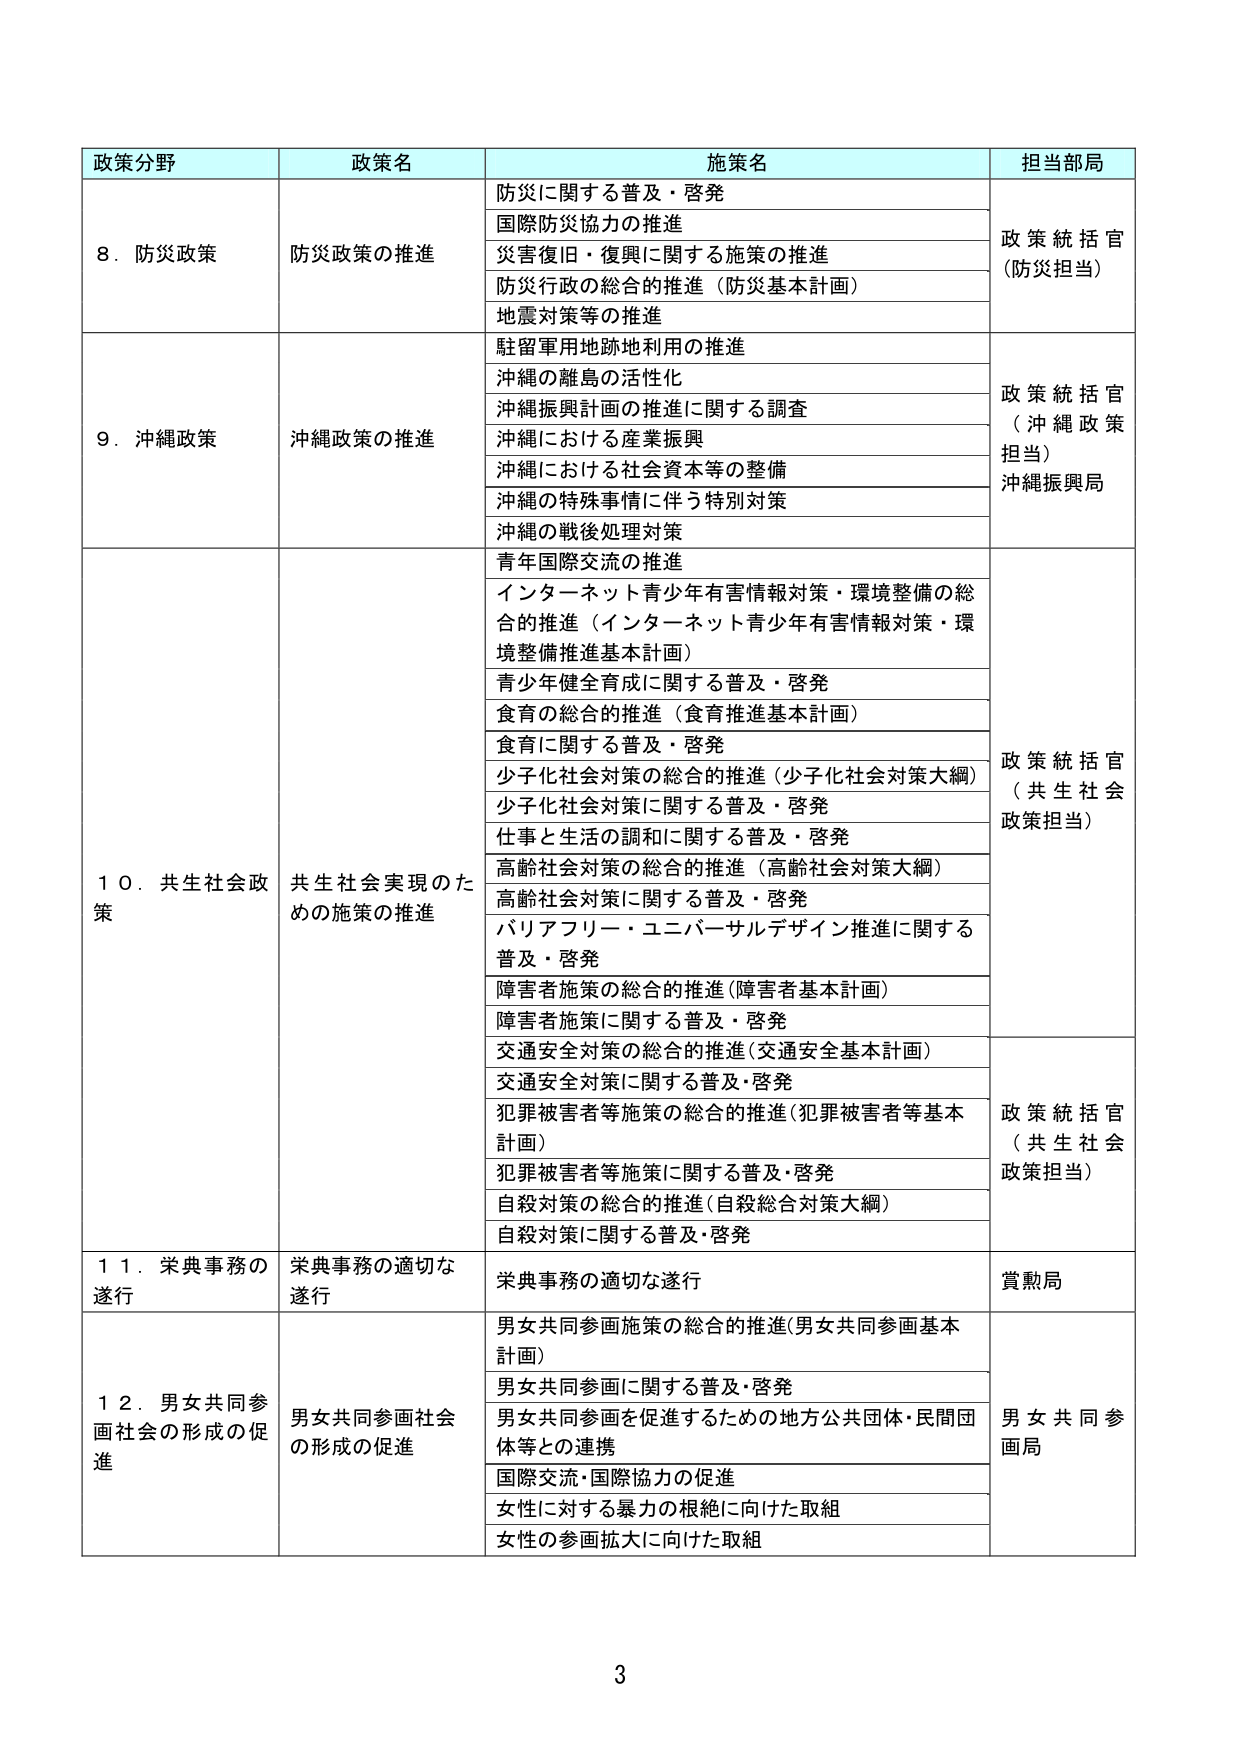
政策分野 政策名 施策名 担当当局
8．防災政策 防災政策の推進 防災に関する普及・啓発 政策統括官（防災担当）
国際防災協力の推進
災害復旧・復興に関する施策の推進
防災行政の総合的推進（防災基本計画）
地震対策等の推進
9．沖縄政策 沖縄政策の推進 駐留軍用地跡地利用の推進 政策統括官（沖縄政策担当）沖縄振興局
沖縄の離島の活性化
沖縄振興計画の推進に関する調査
沖縄における産業振興
沖縄における社会資本等の整備
沖縄の特殊事情に伴う特別対策
沖縄の戦後処理対策
10．共生社会政策 共生社会実現のための施策の推進 青年国際交流の推進 政策統括官（共生社会政策担当）
インターネット青少年有害情報対策・環境整備の総合的推進（インターネット青少年有害情報対策・環境整備推進基本計画）
青少年健全育成に関する普及・啓発
食育の総合的推進（食育推進基本計画）
食育に関する普及・啓発
少子化社会対策の総合的推進（少子化社会対策大綱）
少子化社会対策に関する普及・啓発
仕事と生活の調和に関する普及・啓発
高齢社会対策の総合的推進（高齢社会対策大綱）
高齢社会対策に関する普及・啓発
バリアフリー・ユニバーサルデザイン推進に関する普及・啓発
障害者施策の総合的推進（障害者基本計画）
障害者施策に関する普及・啓発
交通安全対策の総合的推進（交通安全基本計画） 政策統括官（共生社会政策担当）
交通安全対策に関する普及・啓発
犯罪被害者等施策の総合的推進（犯罪被害者等基本計画）
犯罪被害者等施策に関する普及・啓発
自殺対策の総合的推進（自殺総合対策大綱）
自殺対策に関する普及・啓発
11．栄典事務の遂行 栄典事務の適切な遂行 栄典事務の適切な遂行 賞勲局
12．男女共同参画社会の形成の促進 男女共同参画社会の形成の促進 男女共同参画施策の総合的推進（男女共同参画基本計画） 男女共同参画局
男女共同参画に関する普及・啓発
男女共同参画を促進するための地方公共団体・民間団体等との連携
国際交流・国際協力の促進
女性に対する暴力の根絶に向けた取組
女性の参画拡大に向けた取組
3